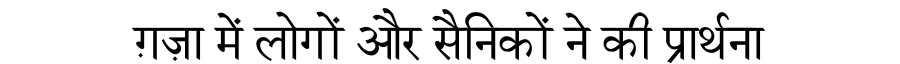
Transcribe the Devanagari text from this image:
ग़ज़ा में लोगों और सैनिकों ने की प्रार्थना